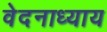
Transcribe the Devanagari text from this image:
वेदनाध्याय